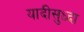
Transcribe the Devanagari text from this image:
यादीसुध्दा